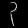
Digit: ၃